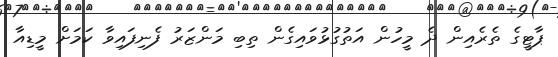
ޕާޓީގެ ތެރެއިން ދެ މީހުން އަތުގުޅުވައިގެން ތިބި މަންޒަރު ފެނިފައިވާ ކަމަށް މީޑިއާ